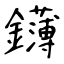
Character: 鑮